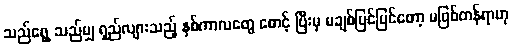
သည်ရွေ့ သည်မျှ ရှည်လျားသည့် နှစ်ကာလတွေ စောင့် ပြီးမှ မချစ်ပြင်ပြင်တော့ မဖြစ်တန်ရာဟု